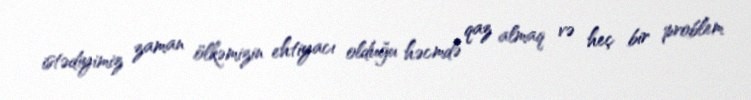
istədiyimiz zaman ölkəmizin ehtiyacı olduğu həcmdə qaz almaq və heç bir problem